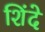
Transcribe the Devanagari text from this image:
शिंदे